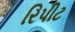
રિપીટ